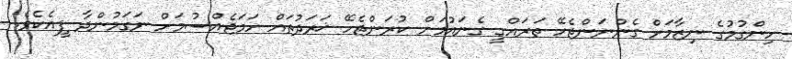
ހިންގުމުގެ ނިޒާމަށް ގެންނަންޖެހޭ ތަރައްގީ ގެނައުމަށް ކުރަންޖެހޭ ޚަރަދުތައް ހަމަޖެއްސުމަށް ނަގަމުންދާ ފީއެކެވެ.